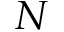
N